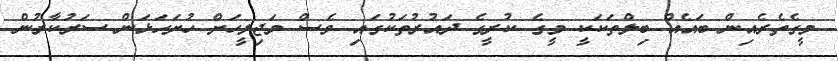
މީގެތެރެއިން ބައެއް ބިލްތަކަކީ މީގެ ކުރީގެ ދައުރުތަކުގައި ވެސް މަޖިލީހަށް ހުށަހަޅަން ސަރުކާރުން